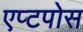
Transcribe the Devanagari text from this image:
एप्टपोस